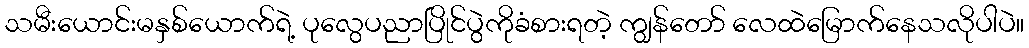
သမီးယောင်းမနှစ်ယောက်ရဲ့ ပုလွေပညာပြိုင်ပွဲကိုခံစားရတဲ့ ကျွန်တော် လေထဲမြောက်နေသလိုပါပဲ။